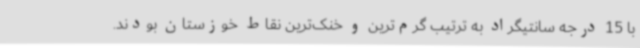
با 15 درجه سانتیگراد به ترتیب گرم‌ترین و خنک‌ترین نقاط خوزستان بودند.